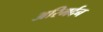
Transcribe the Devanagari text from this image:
अरिमर्दन